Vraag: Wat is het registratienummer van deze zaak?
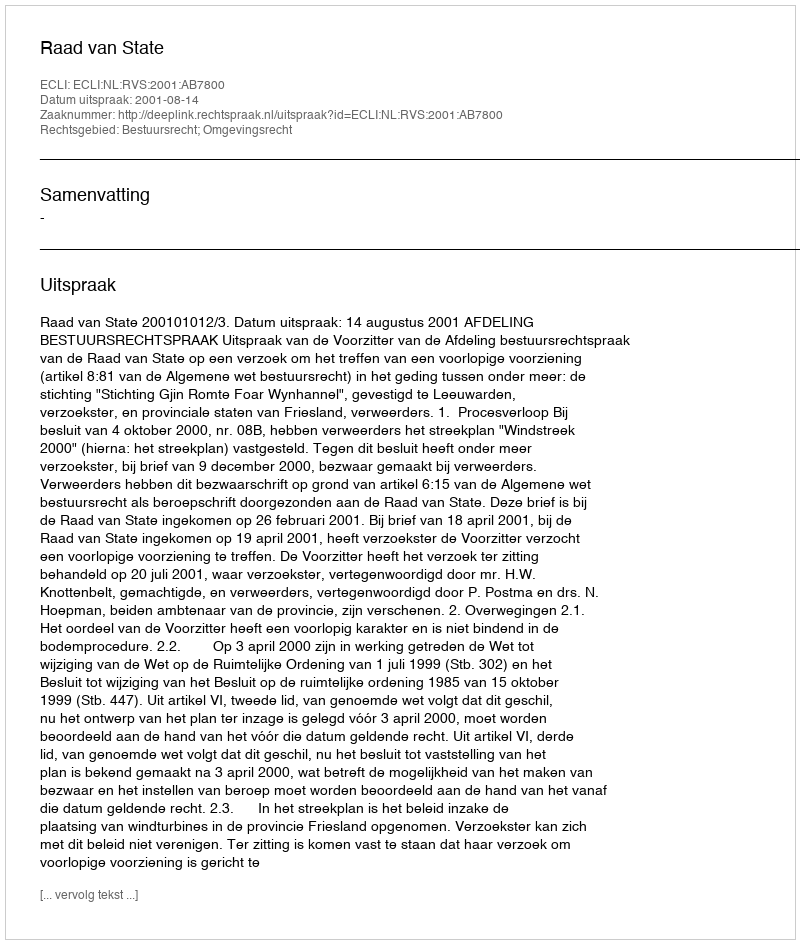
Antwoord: http://deeplink.rechtspraak.nl/uitspraak?id=ECLI:NL:RVS:2001:AB7800